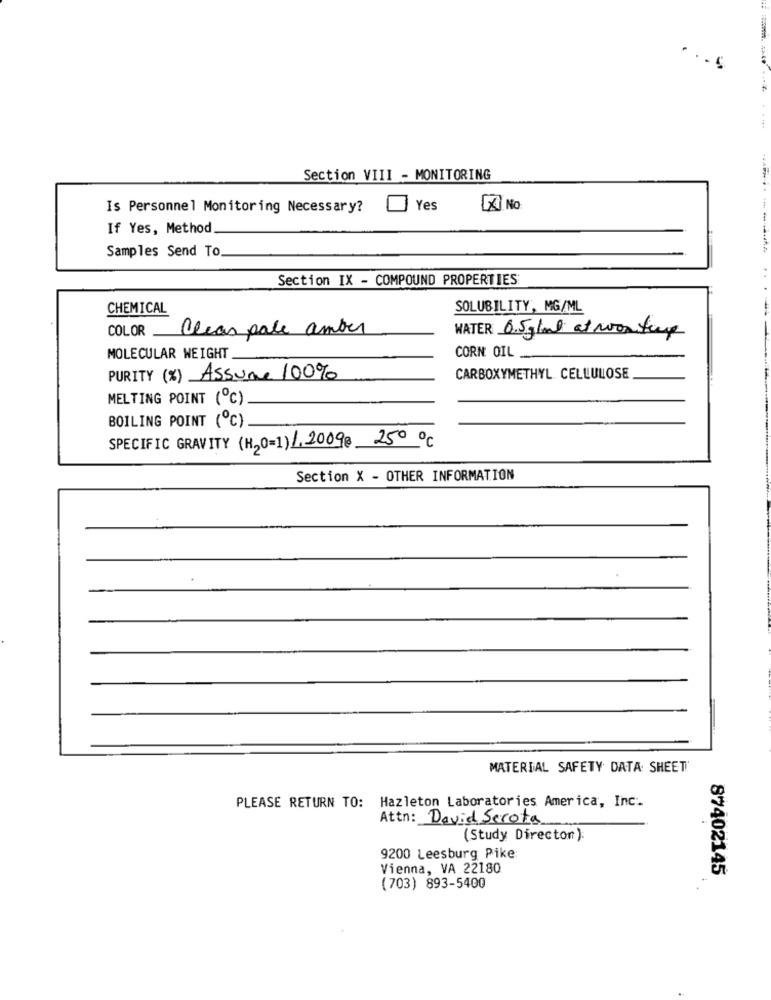
.. 5
. ....
Section VIII - MONITORING
Is Personnel Monitoring Necessary?
Yes
NO
If Yes, Method
Samples Send To
Section IX - COMPOUND PROPERTIES
CHEMICAL
SOLUBILITY, MG/ML
COLOR alcas pale amber
WATER 0.5 gland at worthy
MOLECULAR WEIGHT
CORN OIL _
PURITY (%) Assume 100%
CARBOXYMETHYL CELLULOSE
MELTING POINT (℃)
BOILING POINT (℃)
SPECIFIC GRAVITY (H2O=1) 1.2009€ 250 ℃
Section X - OTHER INFORMATION
MATERIAL SAFETY DATA SHEET!
PLEASE RETURN TO: Hazleton Laboratories America, Inc.
Attn: David Serota
(Study Directon):
9200 Leesburg Pike:
Vienna, VA 22180
87402145
(703) 893-5400